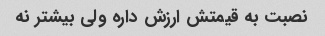
نصبت به قیمتش ارزش داره ولی بیشتر نه